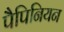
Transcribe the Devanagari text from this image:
पैपिनियन